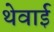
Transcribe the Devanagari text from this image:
थेवाई